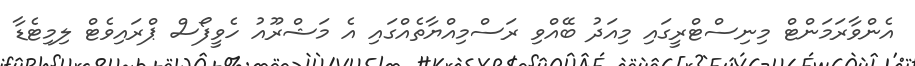
އެންވާރަމަންޓް މިނިސްޓްރީގައި މިއަދު ބޭއްވި ރަސްމިއްޔާތެއްގައި އެ މަޝްރޫއު ހެވީފޯސް ޕްރައިވެޓް ލިމިޓެޑާ